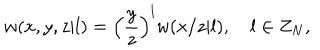
w ( x , y , z | l ) = { \Bigl ( } { \frac { y } { z } } { \Bigr ) } ^ { l } w ( x / z | l ) , \quad l \in Z _ { N } ,